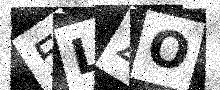
Text: 5LZO